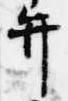
弁